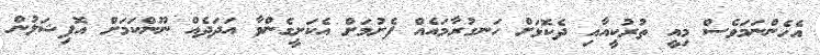
އެހެންނަމަވެސް މިއީ ތުރުކީއާއި ދެކޮޅަށް ހަނގުރާމައެއް ފެށުމަށް އެކަށީގެންވާ އަދަދެއް ނޫންކަމަށް އޮފިޝަލުން